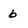
Character: 6